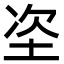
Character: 垐